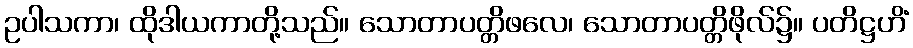
ဥပါသကာ၊ ထိုဒါယကာတို့သည်။ သောတာပတ္တိဖလေ၊ သောတာပတ္တိဖိုလ်၌။ ပတိဋ္ဌဟိံ